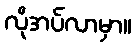
လိုအပ်လာမှာ။